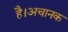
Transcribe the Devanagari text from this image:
है।अचानक